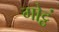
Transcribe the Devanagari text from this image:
गोट्ठं